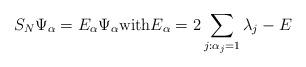
LaTeX: \begin{align*} S_N \Psi_{\alpha} = E_{\alpha} \Psi_{\alpha} \mbox{with} E_{\alpha} = 2 \sum_{j : \alpha_j=1} \lambda_j -E \end{align*}